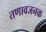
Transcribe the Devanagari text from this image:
तणावजनक